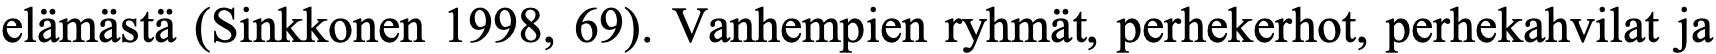
elämästä (Sinkkonen 1998, 69). Vanhempien ryhmät, perhekerhot, perhekahvilat ja